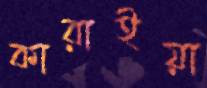
কারাইয়া